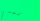
تشترين